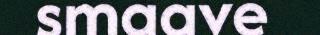
smaave